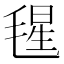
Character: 𣮶